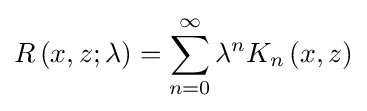
R\left(x,z;\lambda \right)=\sum _{n=0}^{\infty }\lambda ^{n}K_{n}\left(x,z\right)